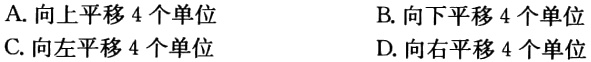
A. 向上平移 4 个单位
B. 向下平移 4 个单位
C. 向左平移 4 个单位
D. 向右平移 4 个单位